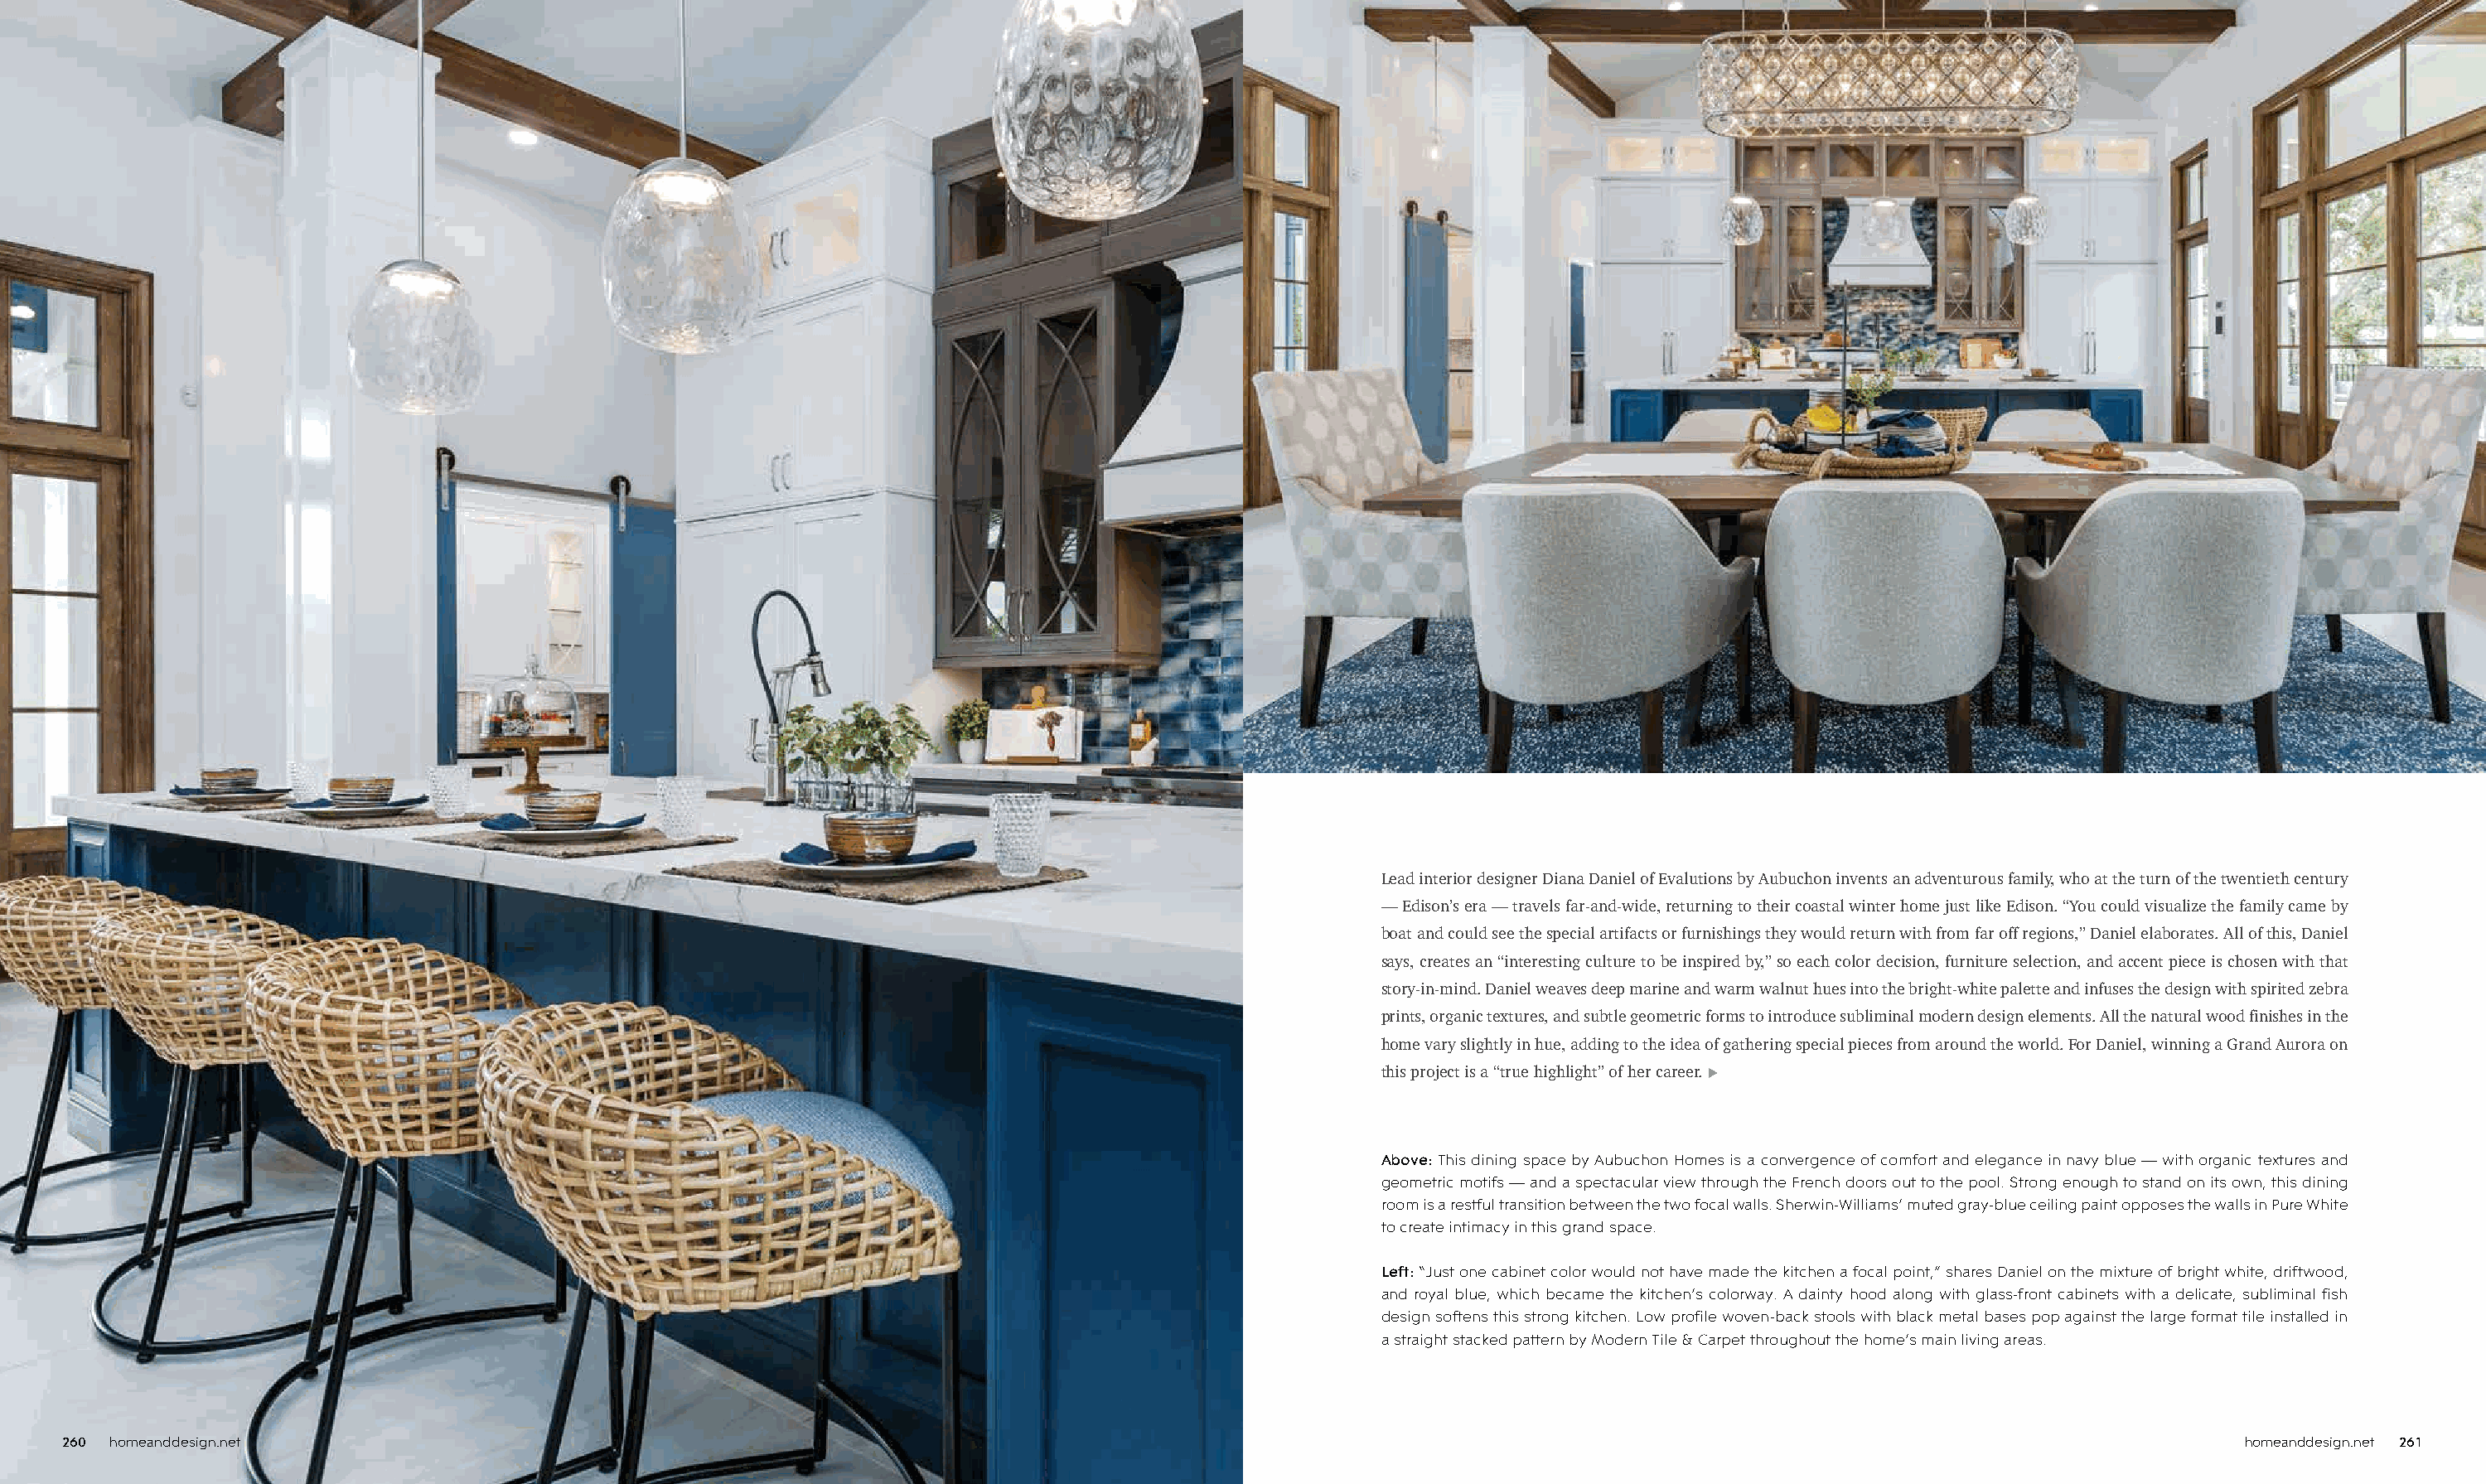
Lead interior designer Diana Daniel of Evalutions by Aubuchon invents an adventurous family, who at the turn of the twentieth century
 — Edison’s era — travels far-and-wide, returning to their coastal winter home just like Edison. “You could visualize the family came by
 boat and could see the special artifacts or furnishings they would return with from far off regions,” Daniel elaborates. All of this, Daniel
 says, creates an “interesting culture to be inspired by,” so each color decision, furniture selection, and accent piece is chosen with that
 story-in-mind. Daniel weaves deep marine and warm walnut hues into the bright-white palette and infuses the design with spirited zebra
 prints, organic textures, and subtle geometric forms to introduce subliminal modern design elements. All the natural wood finishes in the
 home vary slightly in hue, adding to the idea of gathering special pieces from around the world. For Daniel, winning a Grand Aurora on
 this project is a “true highlight” of her career. u
 Above: This dining space by Aubuchon Homes is a convergence of comfort and elegance in navy blue — with organic textures and
 geometric motifs — and a spectacular view through the French doors out to the pool. Strong enough to stand on its own, this dining
 room is a restful transition between the two focal walls. Sherwin-Williams’ muted gray-blue ceiling paint opposes the walls in Pure White
 to create intimacy in this grand space.
 Left: “Just one cabinet color would not have made the kitchen a focal point,” shares Daniel on the mixture of bright white, driftwood,
 and royal blue, which became the kitchen’s colorway. A dainty hood along with glass-front cabinets with a delicate, subliminal fish
 design softens this strong kitchen. Low profile woven-back stools with black metal bases pop against the large format tile installed in
 a straight stacked pattern by Modern Tile & Carpet throughout the home’s main living areas.
 260 homeanddesign.net                                                                                                                                                         homeanddesign.net 261